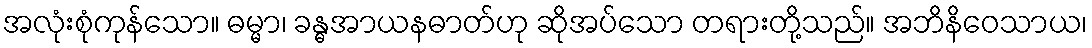
အလုံးစုံကုန်သော။ ဓမ္မာ၊ ခန္ဓအာယနဓာတ်ဟု ဆိုအပ်သော တရားတို့သည်။ အဘိနိဝေသာယ၊